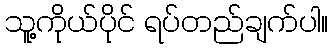
သူ့ကိုယ်ပိုင် ရပ်တည်ချက်ပါ။